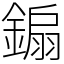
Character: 䥇